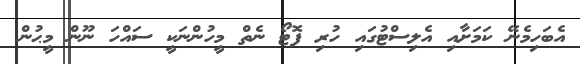
އެބަހިމެނޭ ކަމަށާއި އެލިސްޓުގައި ހުރި ފޮޓޯ ނެތް މީހުންނަކީ ސައްހަ ނޫން މީޙުން